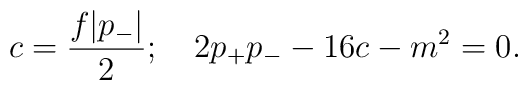
c= {f|p_-|\over2};\quad   2p_+p_- - 16c - m^2=0.